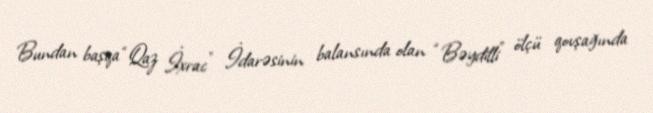
Bundan başqa “Qaz İxrac” İdarəsinin balansında olan “Bəydilli” ölçü qovşağında